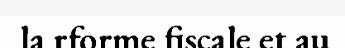
la rforme fiscale et au